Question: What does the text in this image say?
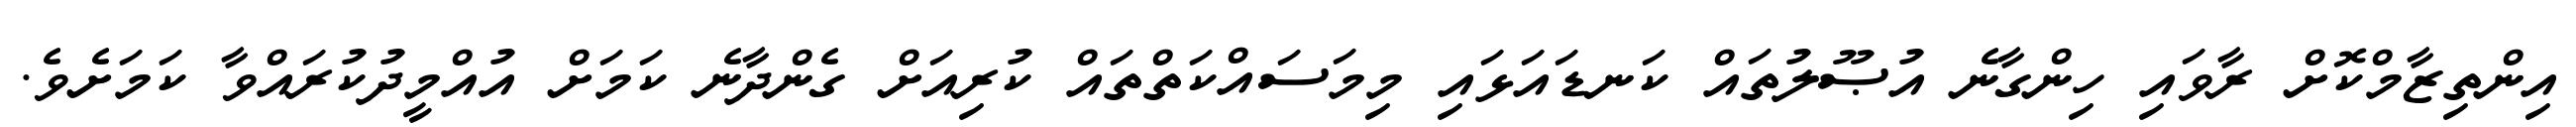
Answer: އިންތިޒާމްކޮށް ރާވައި ހިންގާނެ އުޞޫލުތައް ކަނޑައަޅައި މިމަސައްކަތްތައް ކުރިއަށް ގެންދާނެ ކަމަށް އުއްމީދުކުރައްވާ ކަމަށެވެ.